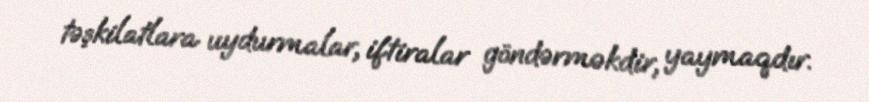
təşkilatlara uydurmalar, iftiralar göndərməkdir, yaymaqdır.